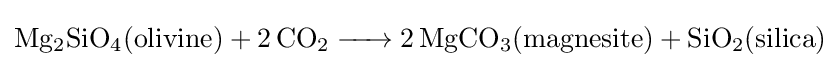
{\ce {Mg2SiO4(olivine) + 2CO2 -> 2MgCO3(magnesite) + SiO2(silica)}}